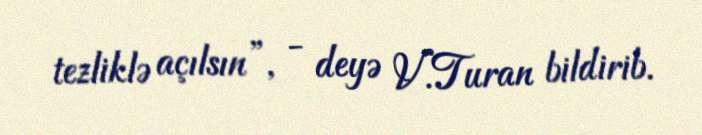
tezliklə açılsın”, - deyə V.Turan bildirib.